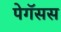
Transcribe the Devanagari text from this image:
पेगॅसस